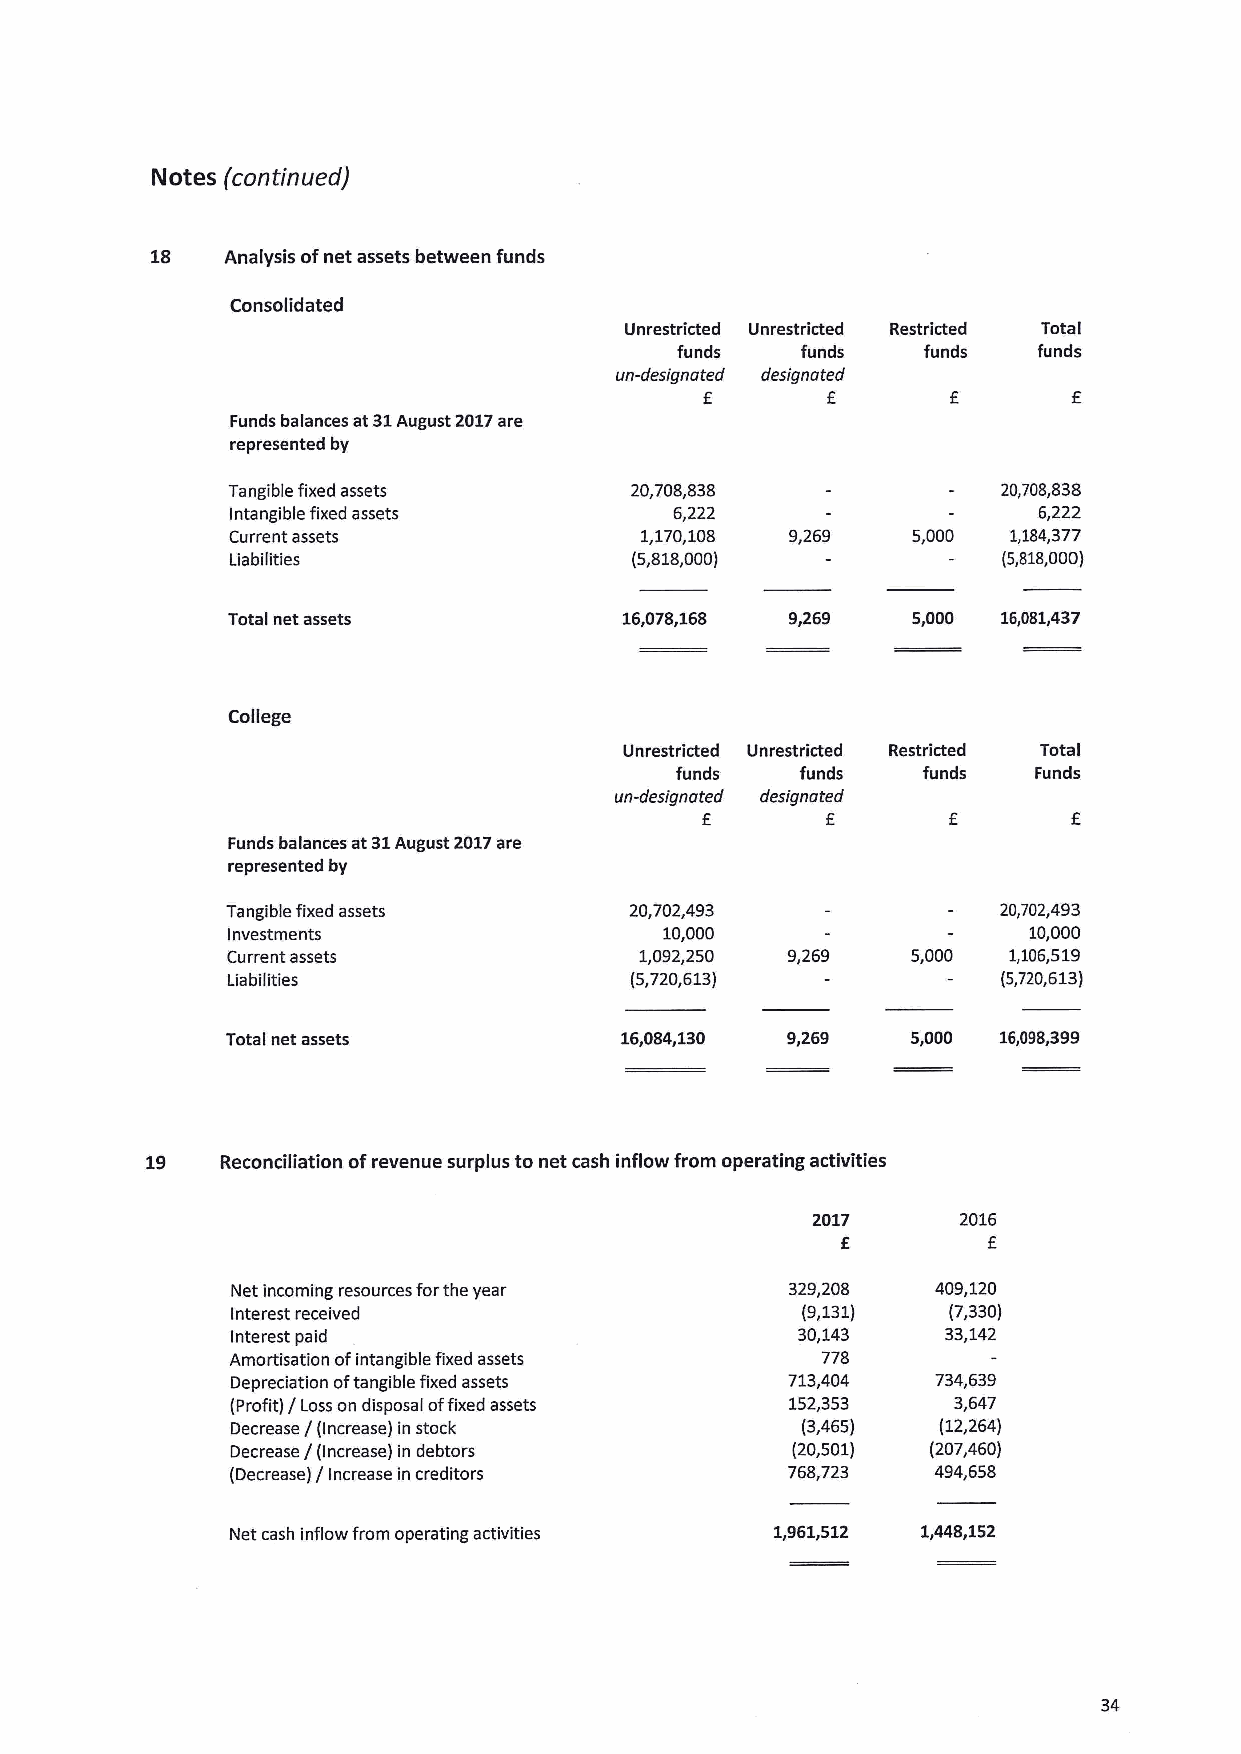
Notes (confinued)
 18   Analysis ofnet assets between funds
 Consolidated
 Unrestricted Unrestricted Restricted Total
 funds   funds   funds   funds
 un-designated designated
 f       f
 Funds balances at 31August 2017are
 represented by
 Tangible fixed assets      20,708,838              20,708,838
 Intangible fixed assets       6,222                   6,222
 Current assets             1,170,108 9,269   5,000  1,184,377
 Liabilities                (5,818,000)             (5,818,000)
 Total net assets          16,078,168 9,269   5,000 16,081,437
 College
 Unrestricted Unrestricted Restricted Total
 funds   funds   funds  Funds
 un-designated designated
 f        f
 Funds balances at 31August 2017are
 represented by
 Tangible fixed assets      20,702,493              20,702,493
 Investments                  10,000                  10,000
 Current assets             1,092,250 9,269   5,000  1,106,519
 Liabilities                (5,720,613)             (5,720,613)
 Total net assets          16,084,130 9,269   5,000 16,098,399
 19   Reconciliation ofrevenue surplus to net cash inflow from operating activities
 2017     2016
 f        f
 Net incoming resources forthe year   329,208   409,120
 Interest received                     (9,131)   (7,330)
 Interest paid                         30,143   33,142
 Amortisation ofintangible fixed assets 778
 Depreciation oftangible fixed assets 713,404   734,639
 (Profit) / Loss on disposal offixed assets 152,353 3,647
 Decrease / (Increase) in stock        (3,465)  (12,264)
 Decrease /(Increase) in debtors      (20,501)  (207,460)
 (Decrease) / Increase in creditors   768,723   494,658
 Net cash inflow from operating activities 1,961,512 1,448,152
 34